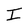
Character: I